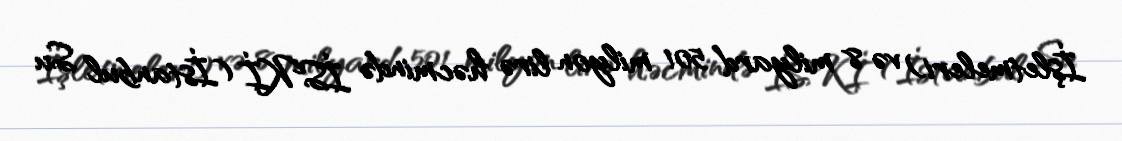
İşletmeleri) və 8 milyard 501 milyon lirə həcmində İSKİ (İstanbul Su